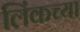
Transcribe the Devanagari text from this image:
लिंकच्या